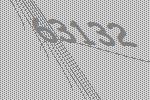
63132